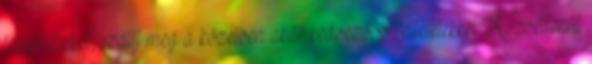
településeket, szállj meg a közelben akár kedvezőbb feltételekkel Közvetlenül